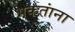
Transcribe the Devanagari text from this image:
भकतांना